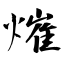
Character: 熣